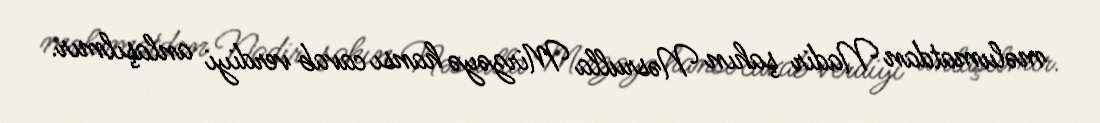
məlumatdan Nadir şahın Nəsrulla Mirzəyə hansı cavab verdiyi anlaşılmır.